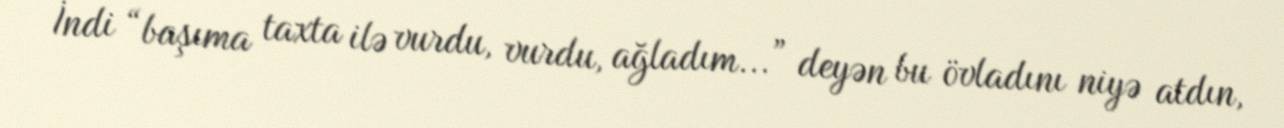
İndi “başıma taxta ilə vurdu, vurdu, ağladım...” deyən bu övladını niyə atdın,